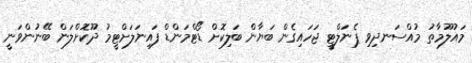
މައުލޫމާތު މުއްސަނދިވި ޕެނަލްޓީ ޖަހައިގެން ބަޔާން ބަލިކޮށް ޑޯޓްމަންޑް ފައިނަލަށްޓީމު ދޫކޮށްލަން ބޭނުންވަނީ